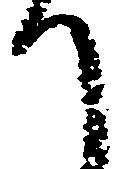
て